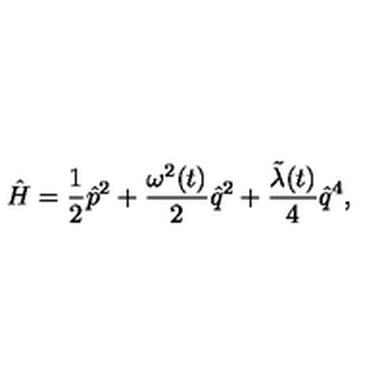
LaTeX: \hat { H } = \frac { 1 } { 2 } \hat { p } ^ { 2 } + \frac { { \omega } ^ { 2 } ( t ) } { 2 } \hat { q } ^ { 2 } + \frac { \tilde { \lambda } ( t ) } { 4 } \hat { q } ^ { 4 } ,